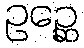
ဥဉ္ဆေ